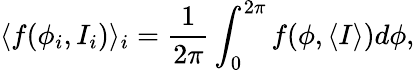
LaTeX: \langle f(\phi_{i},I_{i})\rangle_{i}=\frac{1}{2\pi}\int_{0}^{2\pi}f(\phi,\langle I\rangle)d\phi,